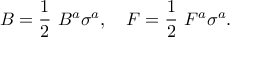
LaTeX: B = \frac { 1 } { 2 } ~ B ^ { a } \sigma ^ { a } , \quad F = \frac { 1 } { 2 } ~ F ^ { a } \sigma ^ { a } .